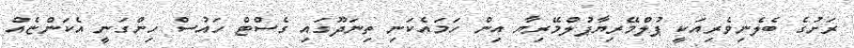
ރަށުގެ ބެލެނިވެރިއަކީ ޕުލްމޭރިޔާޕުލްމޭރިޔާ އިން ހަމައެކަނި ތިނަދޫގައި ގެސްޓް ހައުސް ހިންގަނީ އެކަންޏެއް